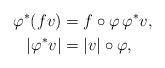
LaTeX: \begin{align*}\varphi^*(fv)&=f\circ \varphi\,\varphi^*v,\\|\varphi^*v|&=|v|\circ\varphi,\end{align*}